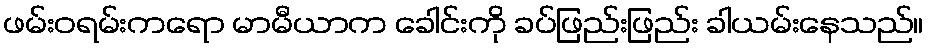
ဖမ်းဝရမ်းကရော မာမီယာက ခေါင်းကို ခပ်ဖြည်းဖြည်း ခါယမ်းနေသည်။